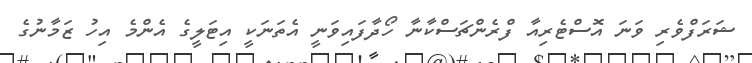
ޝަރަފްވެރި ވަނަ އޮސްޓެރިއާ ފްރެންޗަސްކާނާ ހޯދާފައިވަނީ އެތަނަކީ އިޓަލީގެ އެންމެ އިހު ޒަމާނުގެ